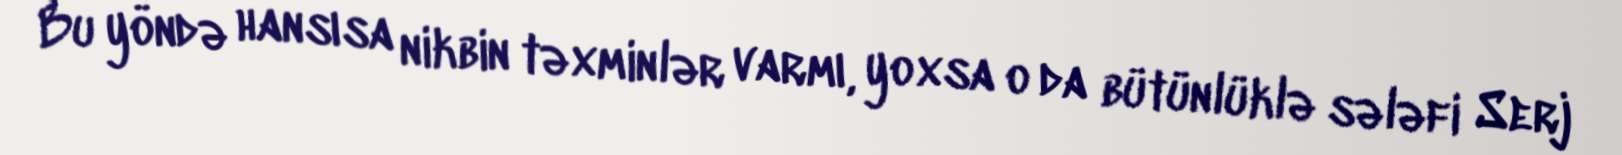
Bu yöndə hansısa nikbin təxminlər varmı, yoxsa o da bütünlüklə sələfi Serj